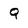
Character: Q